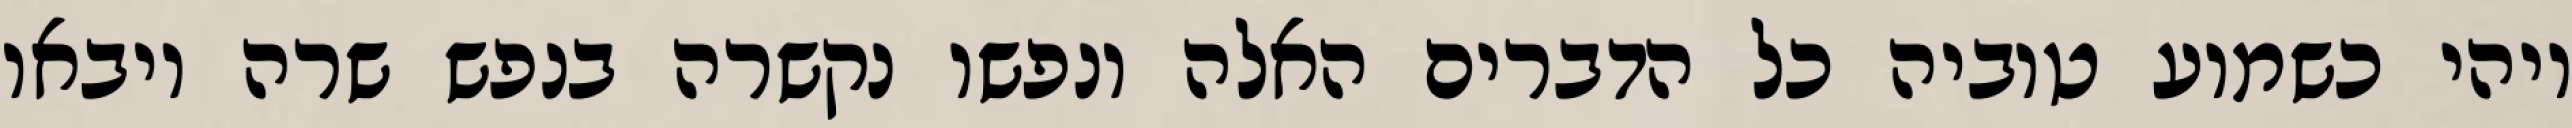
ויהי כשמוע טוביה כל הדברים האלה ונפשו נקשרה בנפש שרה ויבאו